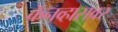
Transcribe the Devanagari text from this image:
कॅनव्हासवर